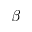
\beta